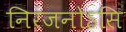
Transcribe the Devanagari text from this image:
निरंजनोऽसि